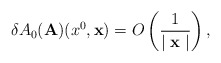
\begin{align*}\delta A_{0}({\bf A})(x^{0}, {\bf x}) = O \left (\frac{1}{\mid {\bf x} \mid } \right ),\end{align*}